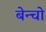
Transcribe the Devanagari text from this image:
बेन्चो